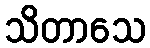
သိတာသေ